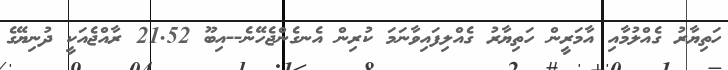
ހަތިޔާރު ގެއްލުމާއި އާމަރީން ހަތިޔާރު ގެއްލިފައިވާނަމަ ކުރިން އެނގެންޖެހޭނެ--އިބޫ 21.52 ރާއްޖެއަކީ ދުނިޔޭގެ